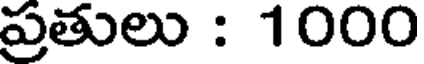
ప్రతులు : 1000